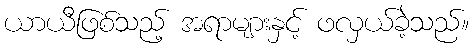
ယာယီဖြစ်သည့် အရာများနှင့် ဖလှယ်ခဲ့သည်။